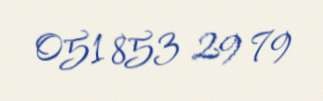
051 853 29 79